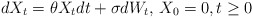
\begin{align*}dX_t=\theta X_tdt + \sigma dW_t ,\, X_0=0, t\geq 0\end{align*}